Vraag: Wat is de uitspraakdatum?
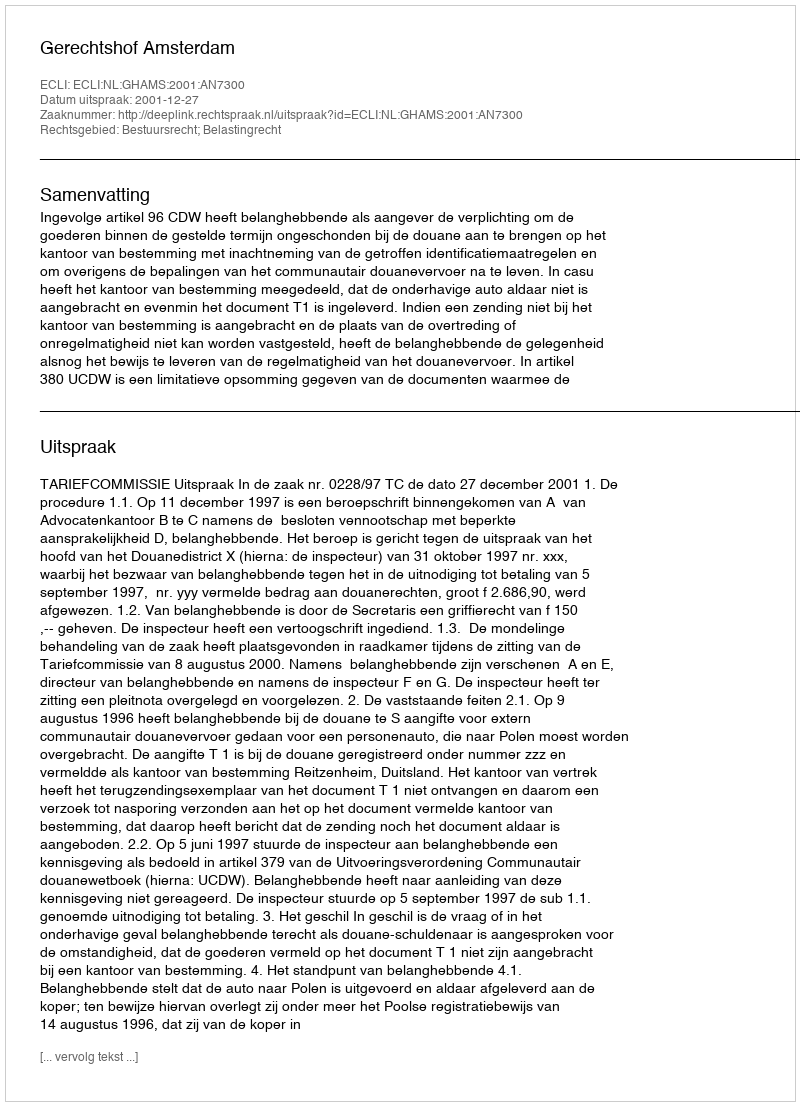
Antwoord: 2001-12-27